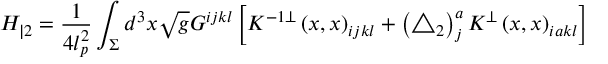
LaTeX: H _ { | 2 } = \frac 1 { 4 l _ { p } ^ { 2 } } \int _ { \Sigma } d ^ { 3 } x \sqrt { g } G ^ { i j k l } \left[ K ^ { - 1 \bot } \left( x , x \right) _ { i j k l } + \left( \triangle _ { 2 } \right) _ { j } ^ { a } K ^ { \bot } \left( x , x \right) _ { i a k l } \right]